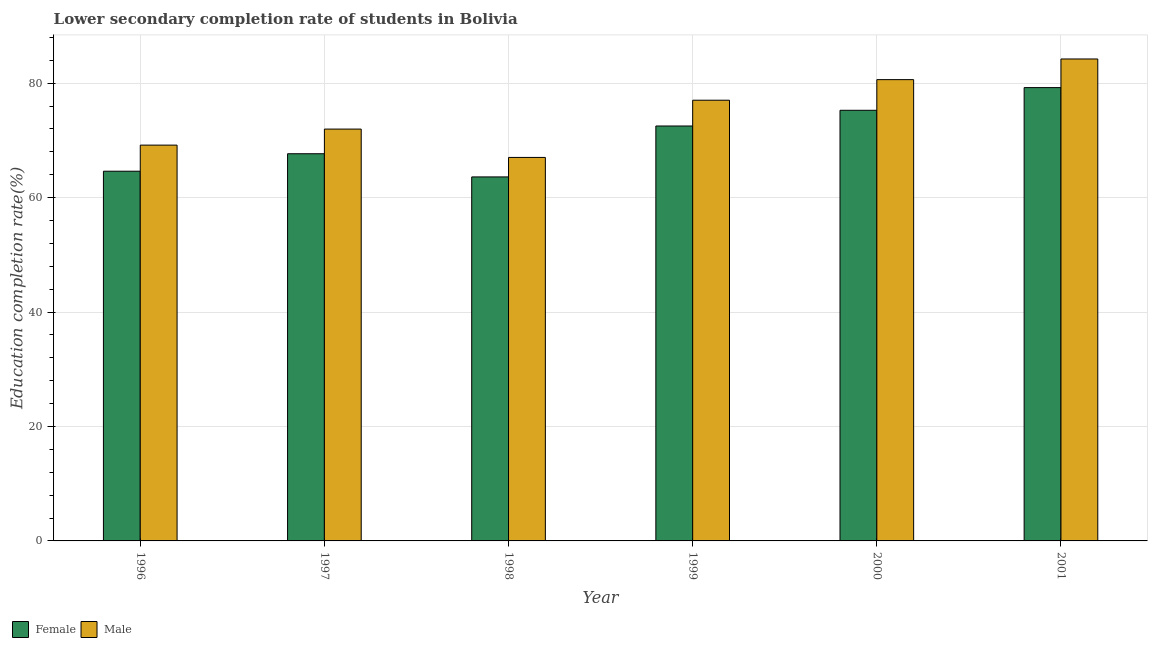
| Year | Female | Male |
 | --- | --- | --- |
 | 1996 | 64.6 | 69.2 |
 | 1997 | 67.7 | 72 |
 | 1998 | 63.6 | 67 |
 | 1999 | 72.5 | 77 |
 | 2000 | 75.3 | 80.6 |
 | 2001 | 79.2 | 84.2 |